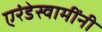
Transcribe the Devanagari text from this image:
एरंडेस्वामींनी